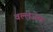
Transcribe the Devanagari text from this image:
वल्लेजेरा